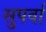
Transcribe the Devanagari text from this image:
सुपर्वा